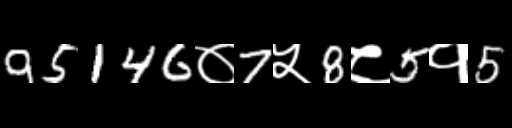
Text: 95146०7५8८5१5